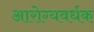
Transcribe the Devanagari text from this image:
आरोग्‍यवर्धक